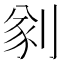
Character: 𠝮